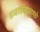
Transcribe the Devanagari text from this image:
प्रजासत्ताकामधे